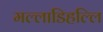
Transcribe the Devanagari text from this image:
मल्‍लाडिहल्‍लि